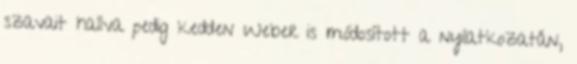
szavait hallva pedig kedden Weber is módosított a nyilatkozatán,